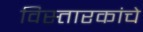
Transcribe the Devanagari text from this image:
विस्तारकांचे